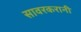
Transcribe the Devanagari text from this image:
सावरकरानी